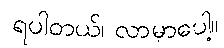
ရပါတယ်၊ လာမှာပေါ့။